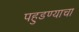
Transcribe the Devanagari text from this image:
पहुडण्याचा